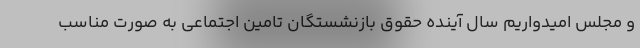
و مجلس امیدواریم سال آینده حقوق بازنشستگان تامین اجتماعی به صورت مناسب